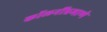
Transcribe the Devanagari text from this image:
कॉलनींप्रमाणे